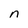
Character: n